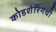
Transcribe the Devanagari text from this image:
कोडशेरिंगची